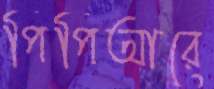
পিপিআরে